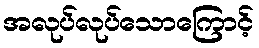
အလုပ်လုပ်သောကြောင့်